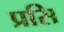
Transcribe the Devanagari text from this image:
प्रसि